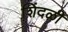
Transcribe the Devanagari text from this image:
शिंदळी